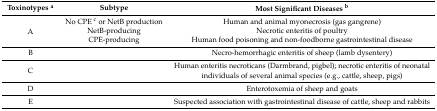
<table><thead><tr><td><b>Toxinotypes <sup>a</sup></b></td><td><b>Subtype</b></td><td><b>Most Significant Diseases <sup>b</sup></b></td></tr></thead><tbody><tr><td rowspan="3">A</td><td>No CPE <sup>c</sup> or NetB production</td><td>Human and animal myonecrosis (gas gangrene)</td></tr><tr><td>NetB-producing</td><td>Necrotic enteritis of poultry</td></tr><tr><td>CPE-producing</td><td>Human food poisoning and non-foodborne gastrointestinal disease</td></tr><tr><td>B</td><td></td><td>Necro-hemorrhagic enteritis of sheep (lamb dysentery)</td></tr><tr><td>C</td><td></td><td>Human enteritis necroticans (Darmbrand, pigbel); necrotic enteritis of neonatal individuals of several animal species (e.g., cattle, sheep, pigs)</td></tr><tr><td>D</td><td></td><td>Enterotoxemia of sheep and goats</td></tr><tr><td>E</td><td></td><td>Suspected association with gastrointestinal disease of cattle, sheep and rabbits</td></tr></tbody></table>